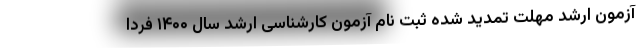
آزمون ارشد مهلت تمدید شده ثبت نام آزمون کارشناسی ارشد سال ۱۴۰۰ فردا